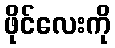
ဖိုင်လေးကို